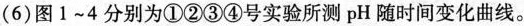
(6)图1-4分别为①②③④号实验所测pH随时间变化曲线。